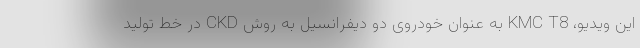
این ویدیو، KMC T8 به عنوان خودروی دو دیفرانسیل به روش CKD در خط تولید